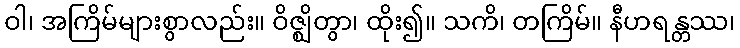
ဝါ၊ အကြိမ်များစွာလည်း။ ဝိဇ္ဈိတွာ၊ ထိုး၍။ သကိ၊ တကြိမ်။ နီဟရန္တဿ၊